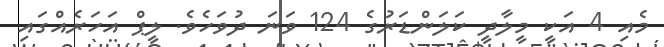
މެއި 4 އަކީ މީލާދީ ކަލަންޑަރުގެ 124 ވަނަ ދުވަހެވެ. ލީޕް އަހަރެއްގައި